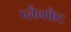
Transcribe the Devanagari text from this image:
प्लैनकैट